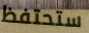
ستحتفظ